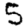
Digit: 5